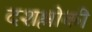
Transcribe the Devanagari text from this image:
दशश्लोकी